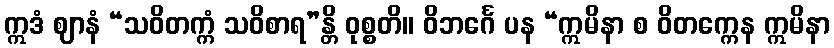
ဣဒံ ဈာနံ “သဝိတက္ကံ သဝိစာရ”န္တိ ဝုစ္စတိ။ ဝိဘင်္ဂေ ပန “ဣမိနာ စ ဝိတက္ကေန ဣမိနာ